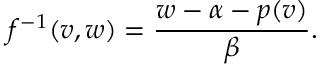
f ^ { - 1 } ( v , w ) = \frac { w - \alpha - p ( v ) } { \beta } .